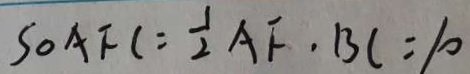
S _ { \Delta } A F C = \frac { 1 } { 2 } A F \cdot B C = 1 0